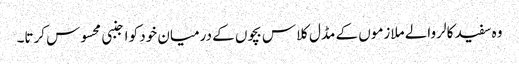
وہ سفید کالر والے ملازموں کے مڈل کلاس بچوں کے درمیان خود کو اجنبی محسوس کرتا۔